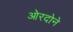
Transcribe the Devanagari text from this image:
ओरदोने